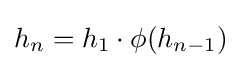
h_{n}=h_{1}\cdot \phi (h_{n-1})